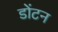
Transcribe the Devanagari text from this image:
डोंटन